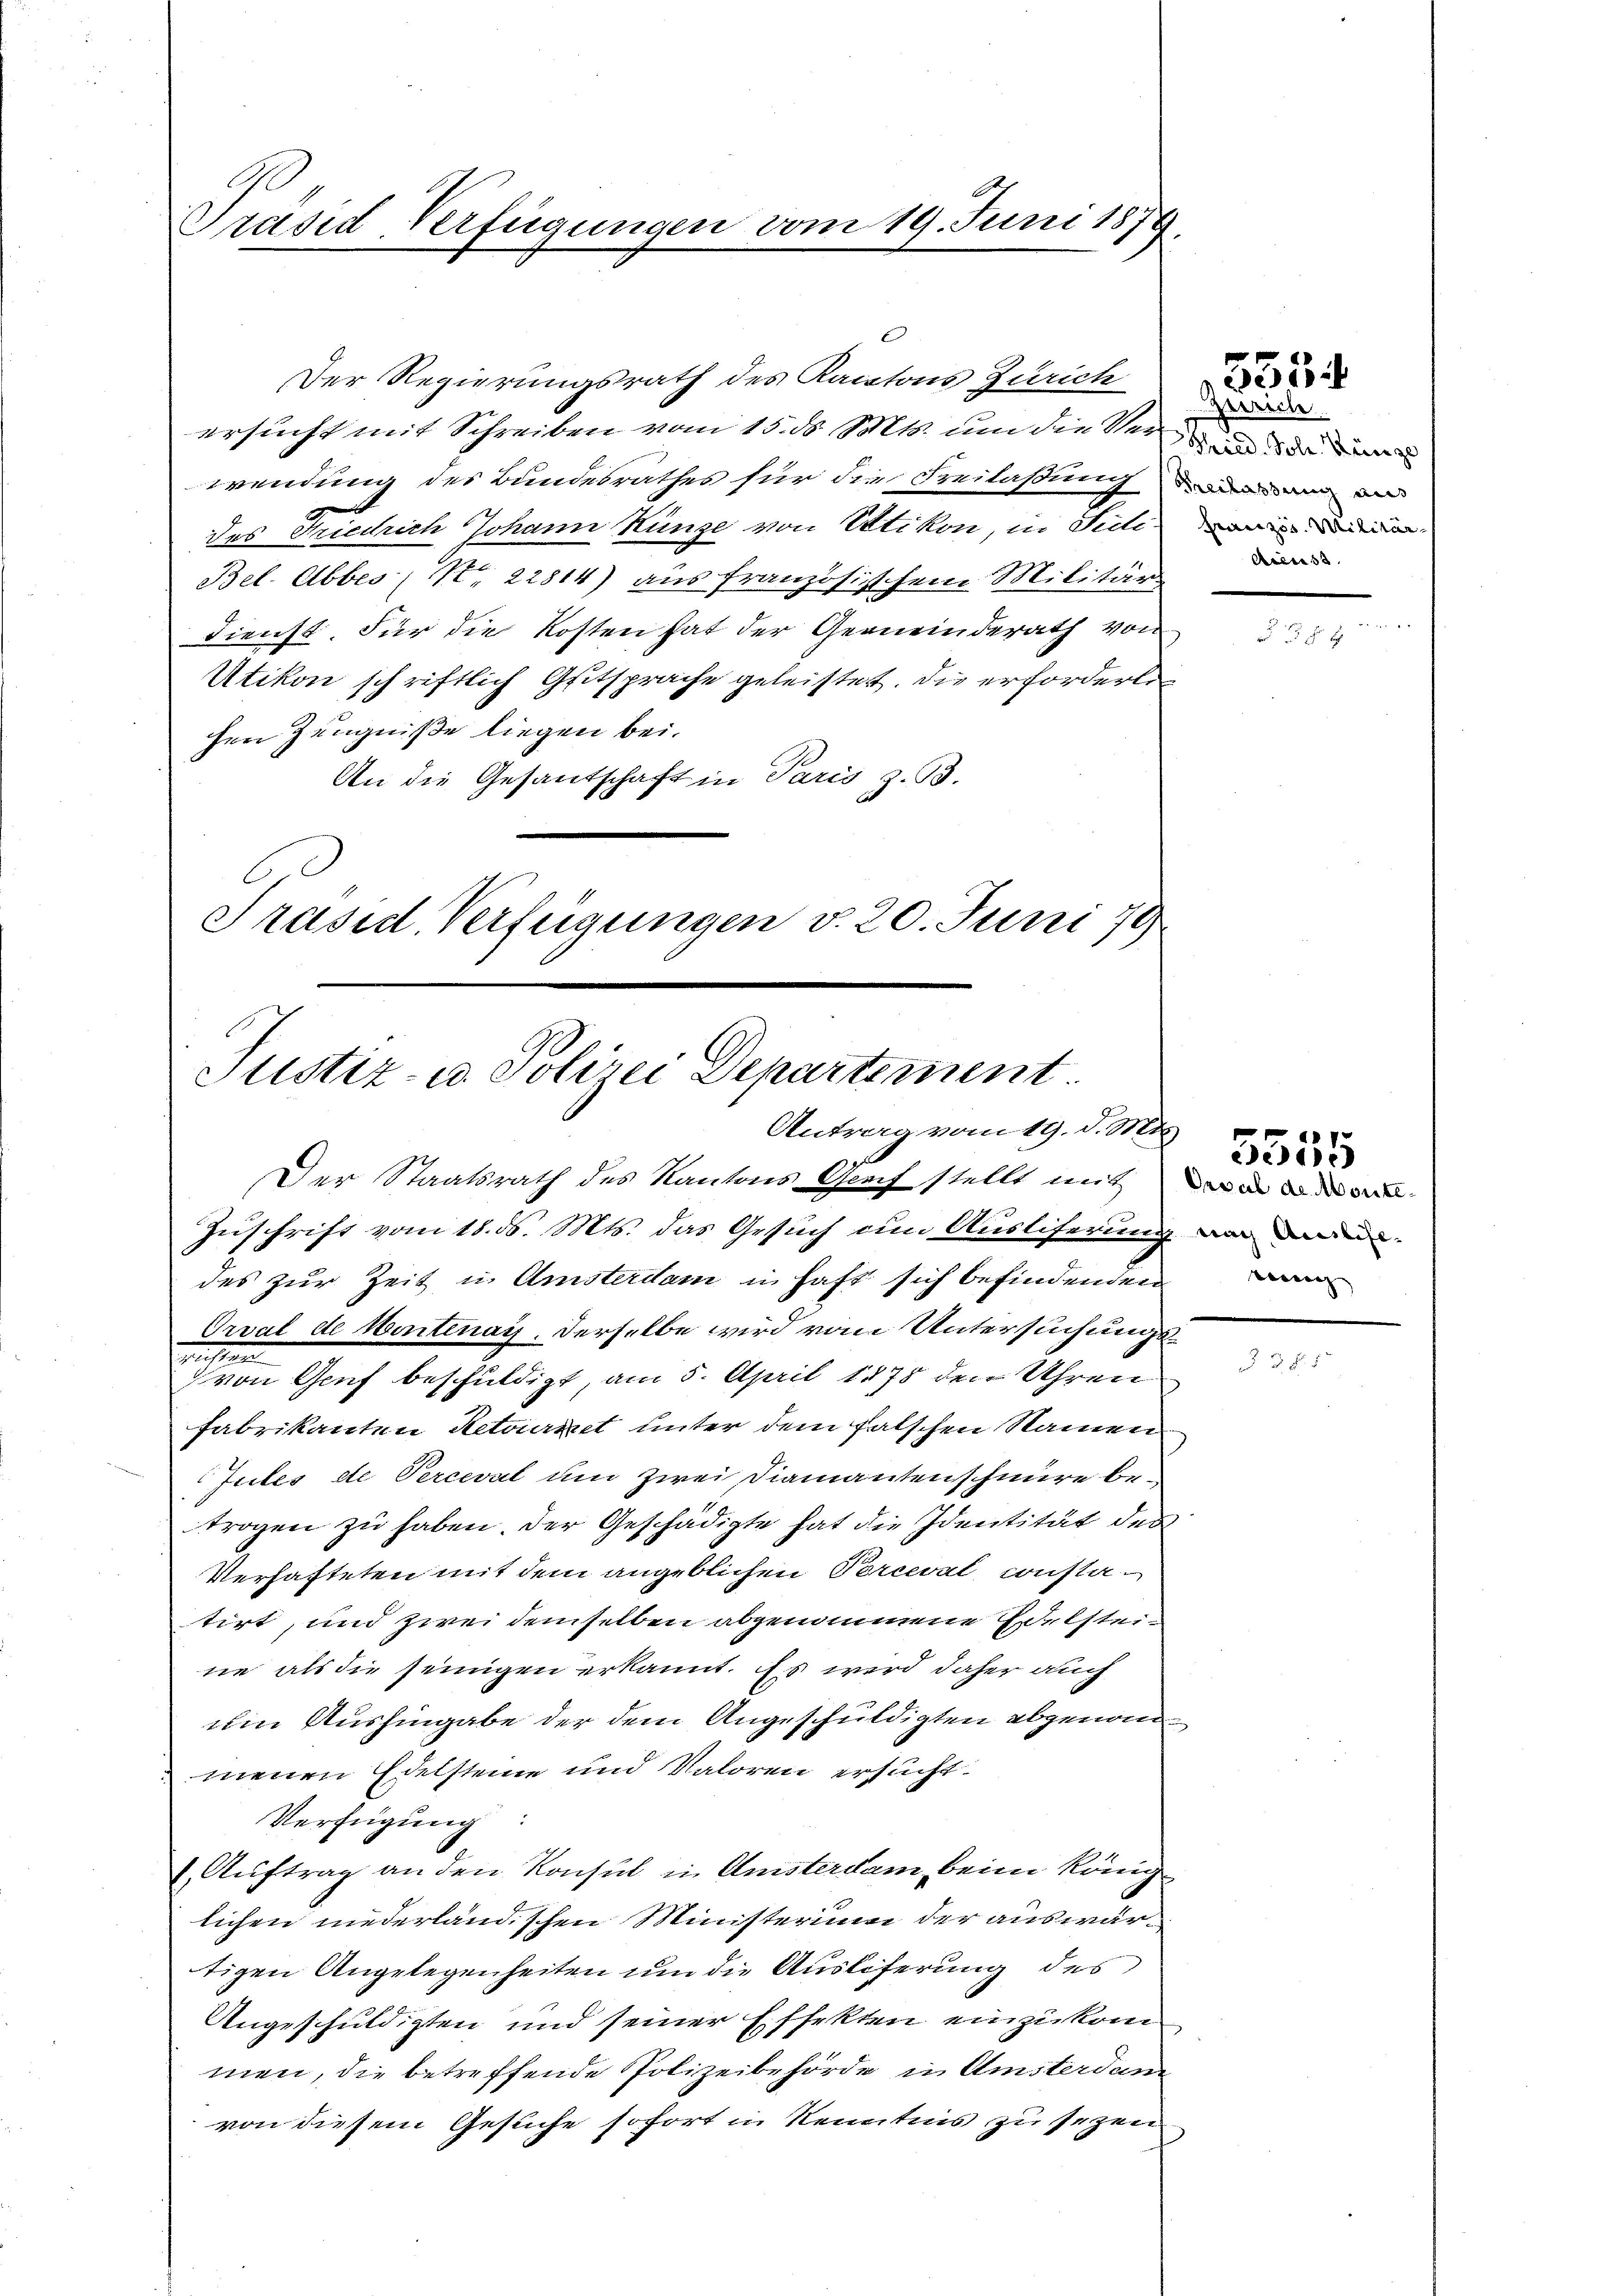
C
Präsid-Verfügungen vom 19. Juni 1879.

Der Regierungsrath des Kantons Zürich
ersucht mit Schreiben vom 15. d. Mts. um die Verge
wendung des Bundesrathes für die Freilaßung, da un
des Friedrich Johann Künze von Ottikon, in Sidi
Bel. Abbes (S. 22814) aus Französischem Militär
dienst. Für die Kosten hat der Gemeinderath von
Utikon schriftlich Geitsprache geleistet. Die erforderte
chen Zeugniße liegen bei.
An die Gesandschaft in Paris z. B.
Präsid. Verfügungen v. 20. Juni 79

Justiz- u. Polizei Departement
Antrag vom 19. d. Mts . .

Zerrich
Französ. Militär-
Access

Der Staatsrath des Kantons Genf stellt mit der in der
Zuschrift vom 18. ds. Mts. das Gesuch um Ausliferung vor de
des zur Zeit u. Amsterdam in haft sich befindenden
Orval de Montenay, derselbe wird vom Untersuchungsanstan
von Genf beschuldigt, am 5. April 1878 den Uhren
Fabrikanton Retorzeit unter dem falschen Namen
Jutes de Perceval um Zwei Diamantenscheure betrogen zu haben. Der Geschädigte hat die Identität des
Verhafteten mit dem angeblichen Perceval constatirt, und zwei demselben abgenommene Welsteine als die seinigen erkannt. Es wird daher auch
um Aushingabe der dem Angeschuldigten abgenommenen Edelsteine und Valoren ersucht.
Verfügung
Auftrag an den Konsul in Ansterdam, beim Königlichen niederlandischen Ministerium der auswärtigen Angelegenheiten um die Ausliferung des
Angeschuldigten und seiner Effekten einzukom
men, die betreffende Polizeibehörde in Amsterdam
von diesem Gesuche sofort in Kenntnis zu sezen

5534

e